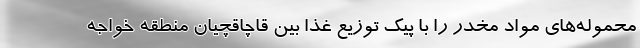
محموله‌های مواد مخدر را با پیک توزیع غذا بین قاچاقچیان منطقه خواجه